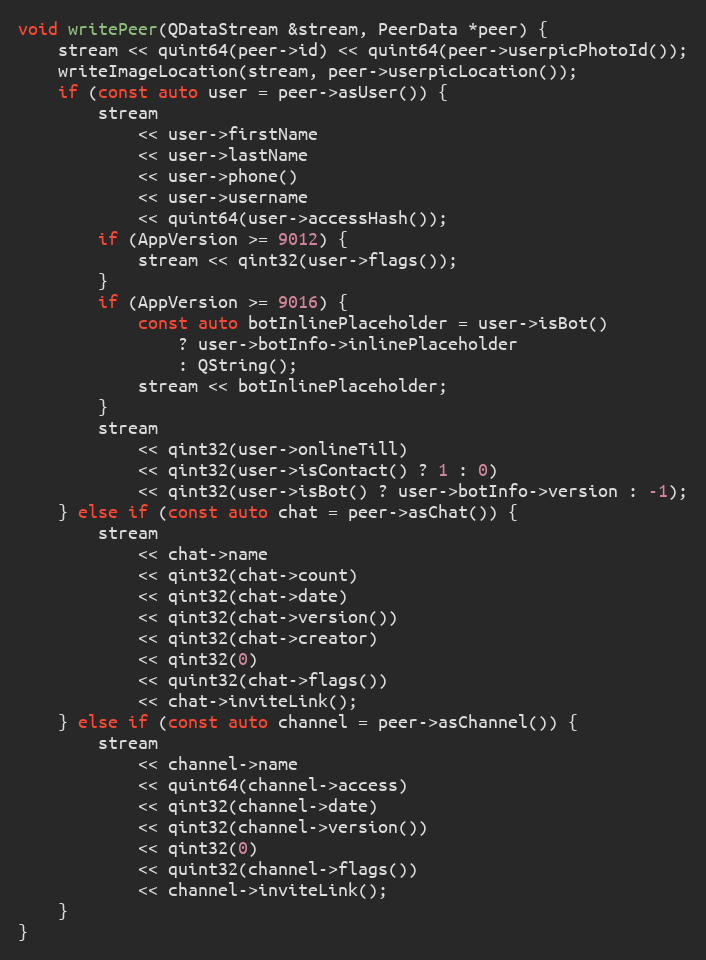
Language: C++
void writePeer(QDataStream &stream, PeerData *peer) {
	stream << quint64(peer->id) << quint64(peer->userpicPhotoId());
	writeImageLocation(stream, peer->userpicLocation());
	if (const auto user = peer->asUser()) {
		stream
			<< user->firstName
			<< user->lastName
			<< user->phone()
			<< user->username
			<< quint64(user->accessHash());
		if (AppVersion >= 9012) {
			stream << qint32(user->flags());
		}
		if (AppVersion >= 9016) {
			const auto botInlinePlaceholder = user->isBot()
				? user->botInfo->inlinePlaceholder
				: QString();
			stream << botInlinePlaceholder;
		}
		stream
			<< qint32(user->onlineTill)
			<< qint32(user->isContact() ? 1 : 0)
			<< qint32(user->isBot() ? user->botInfo->version : -1);
	} else if (const auto chat = peer->asChat()) {
		stream
			<< chat->name
			<< qint32(chat->count)
			<< qint32(chat->date)
			<< qint32(chat->version())
			<< qint32(chat->creator)
			<< qint32(0)
			<< quint32(chat->flags())
			<< chat->inviteLink();
	} else if (const auto channel = peer->asChannel()) {
		stream
			<< channel->name
			<< quint64(channel->access)
			<< qint32(channel->date)
			<< qint32(channel->version())
			<< qint32(0)
			<< quint32(channel->flags())
			<< channel->inviteLink();
	}
}